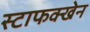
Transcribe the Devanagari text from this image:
स्टाफक्खेन